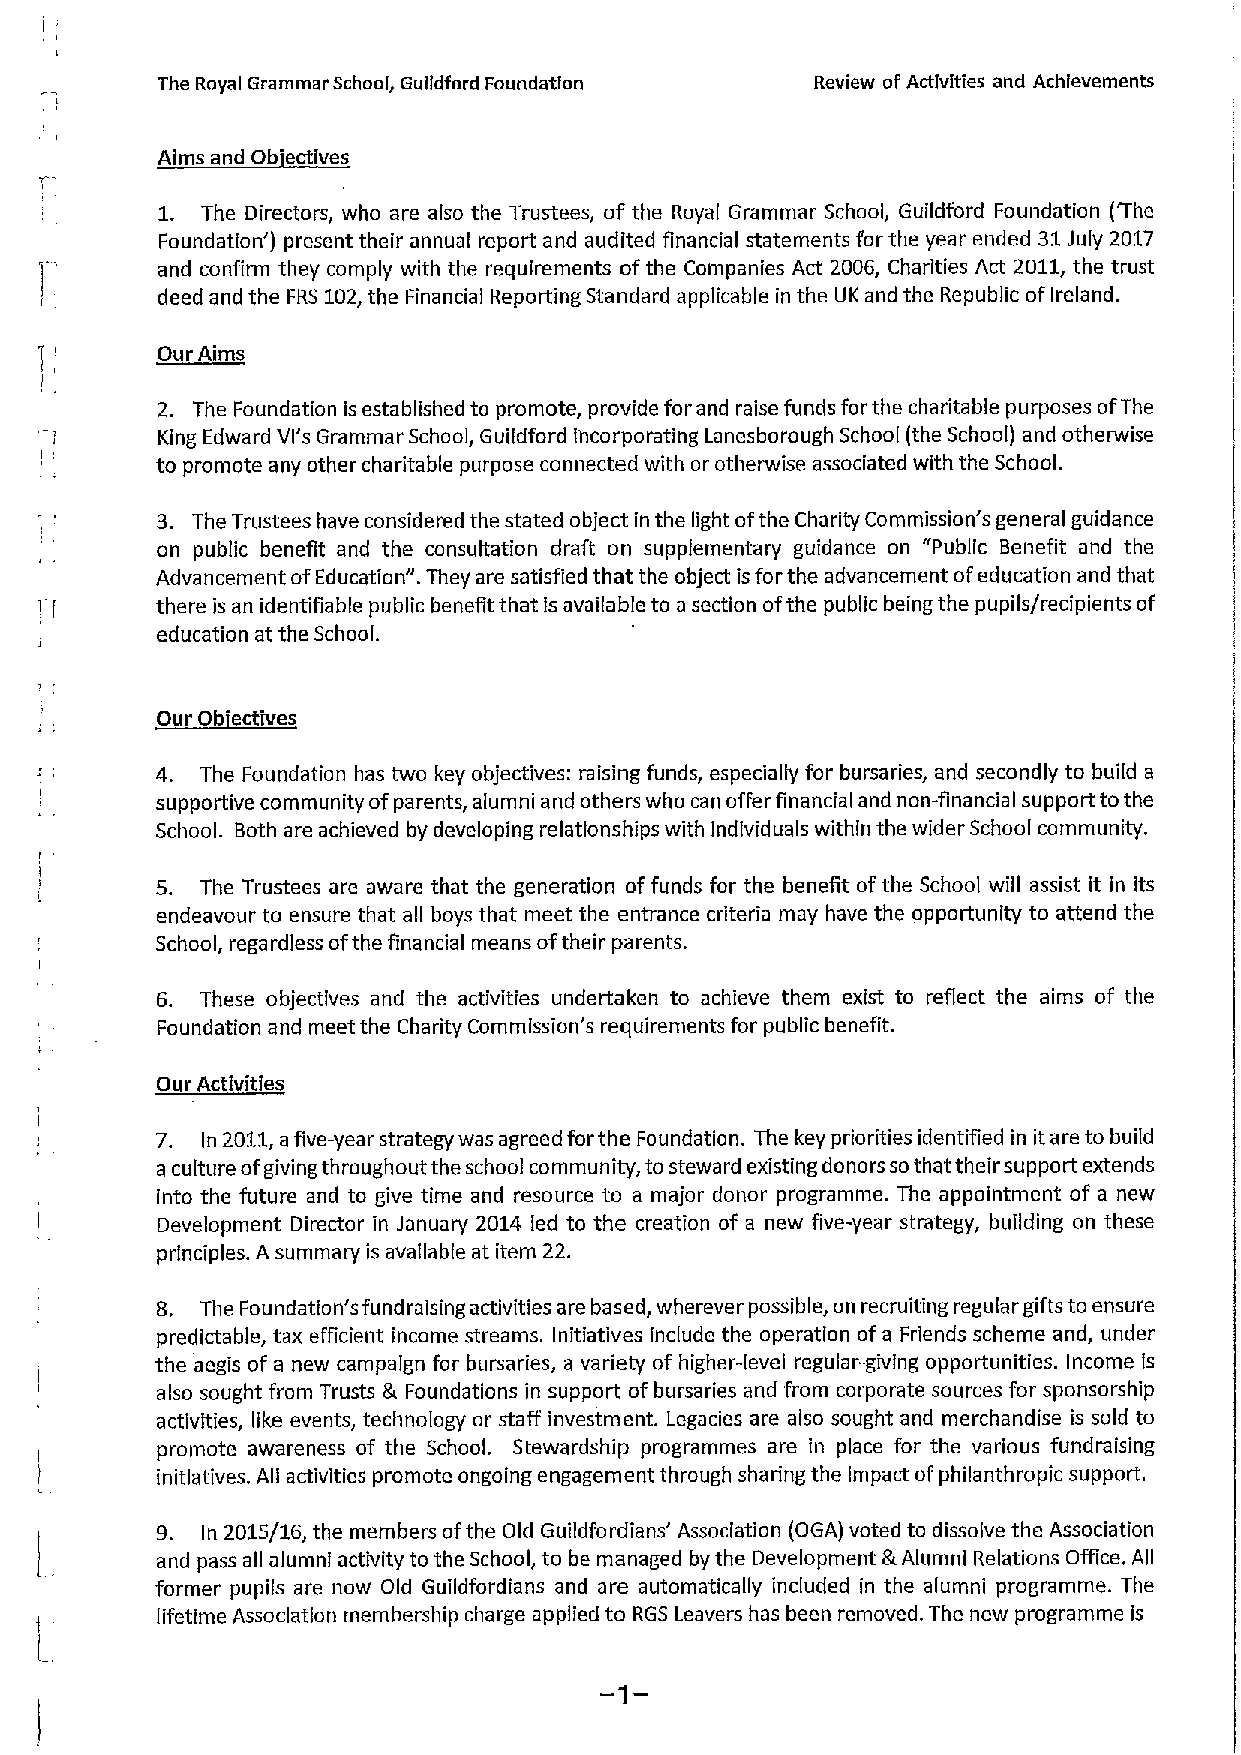
The Royal Grammar School, Guildford Foundation Review ofActivities and Achievements
 Aims and Ob ectlves
 1. The Directors, who are also the Trustees, of the Royal Grammar School, Guildford Foundation (The
 Foundation') present their annual report and audited financial statements for the year ended 31July 2017
 and confirm they comply with the requirements ofthe Companies Act 2006, Charities Act 2011,the trust
 deed and the FRS 102,the Financial Reporting Standard applicable in the UK and the Republic ofIreland.
 Our Aims
 2. The Foundation is established to promote, provide for and raise funds forthe charitable purposes ofThe
 King Edward Vl's Grammar School, Guildford incorporating Lanesborough School (the School) and otherwise
 to promote any other charitable purpose connected with or otherwise associated with the School.
 3. The Trustees have considered the stated object in the light ofthe Charity Commission's general guidance
 on public benefit and the consultation draft on supplementary guidance on "Public Benefit and the
 Advancement ofEducation". They are satisfied that the object isfor the advancement ofeducation and that
 there is an identifiable public benefit that is available to a section ofthe public being the pupils/recipients of
 education at the School.
 a'
 ~DDb'
 4. The Foundation has two key objectives: raising funds, especially for bursaries, and secondly to build a
 supportive community ofparents, alumni and others who can offer financial and non-flnancial support tothe
 School. Both are achieved by developing relationships with Individuals within the wider School community.
 5. The Trustees are aware that the generation of funds for the benefit ofthe School will assist it in its
 endeavour to ensure that all boys that meet the entrance criteria may have the opportunity to attend the
 School, regardless ofthe financial means oftheir parents.
 6. These objectives and the activities undertaken to achieve them exist to reflect the aims of the
 Foundation and meet the Charity Commission's requirements for public benefit.
 Our Activities
 7. In 2011,afive-year strategy was agreed forthe Foundation. The key priorities identified in itare to build
 a culture ofgiving throughout the school community, tosteward existing donors sothat their support extends
 into the future and to give time and resource to a major donor programme. The appointment of a new
 Development Director in January 2014 led to the creation of a new five-year strategy, building on these
 principles. Asummary is available at item 22.
 8. The Foundation'sfundraising activities are based, wherever possible, on recruiting regular gifts to ensure
 predictable, tax efficient income streams. Initiatives include the operation ofa Friends scheme and, under
 the aegis of a new campaign for bursaries, a variety of higher-level regular-giving opportunities. Income is
 also sought from Trusts gr Foundations in support ofbursaries and from corporate sources for sponsorship
 activities, like events, technology or staff investment. Legacies are also sought and merchandise is sold to
 promote awareness of the School. Stewardship programmes are in place for the various fundraising
 initiatives. All activities promote ongoing engagement through sharing the impact ofphilanthropic support.
 9. In 2015/16, the members ofthe Old Guildfordians' Association (OGA) voted to dissolve the Association
 and pass all alumni activity to the School, to be managed by the Development gr Alumni Relations Office. All
 former pupils are now Old Guildfordians and are automatically included in the alumni programme. The
 lifetime Association membership charge applied to RGS Leavers has been removed. The new programme is